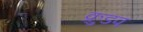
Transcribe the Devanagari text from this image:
क्रुडप